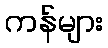
ကန်များ